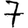
Digit: 7